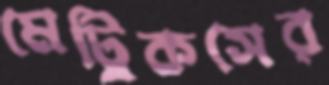
মেট্রিকসের